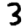
Digit: 3